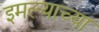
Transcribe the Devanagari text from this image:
इमल्याच्या